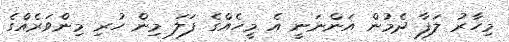
މިހާރު ލަފާ ދެމުން އަންނަނީ އެ މީހެއްގެ ފަލަ މިން ހުރި މިންވަރެއްގެ